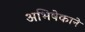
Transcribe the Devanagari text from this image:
अभिषेकाने